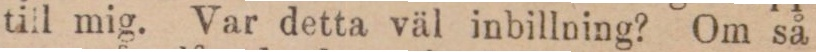
till mig. Var detta väl inbillning? Om så